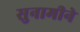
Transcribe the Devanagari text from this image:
सुनामीने